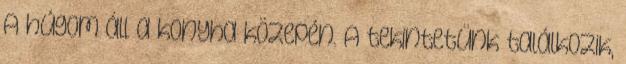
A húgom áll a konyha közepén. A tekintetünk találkozik,